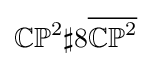
\mathbb {CP} ^{2}\sharp 8{\overline {\mathbb {CP} ^{2}}}